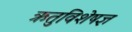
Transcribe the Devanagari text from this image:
ऋतुविशेषज्ञ